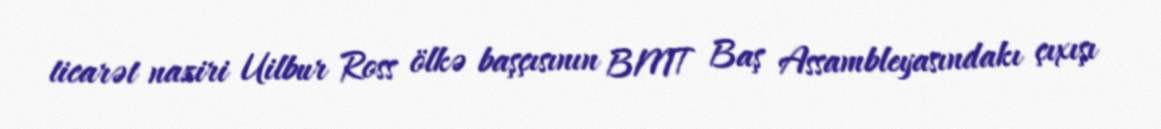
ticarət naziri Uilbur Ross ölkə başçısının BMT Baş Assambleyasındakı çıxışı